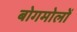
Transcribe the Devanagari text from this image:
बोगमोलों